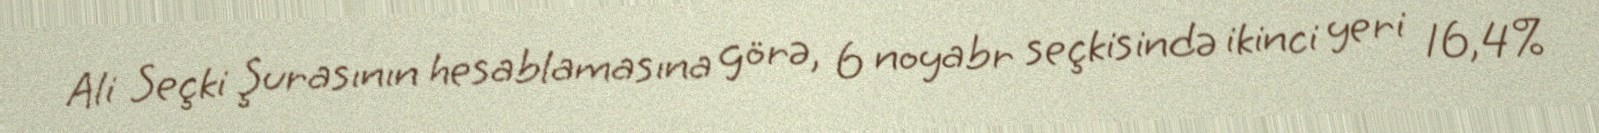
Ali Seçki Şurasının hesablamasına görə, 6 noyabr seçkisində ikinci yeri 16,4%